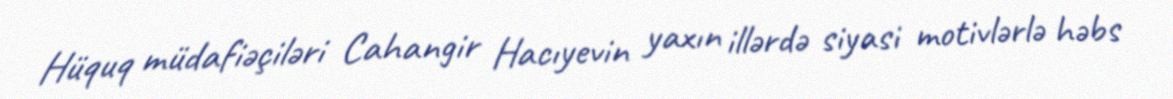
Hüquq müdafiəçiləri Cahangir Hacıyevin yaxın illərdə siyasi motivlərlə həbs